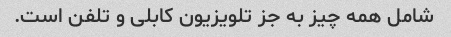
شامل همه چیز به جز تلویزیون کابلی و تلفن است.